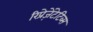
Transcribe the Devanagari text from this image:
रिप्रेज़ेंटेटिव्स